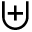
\uplus